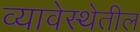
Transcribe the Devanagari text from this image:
व्यावेस्थेतील